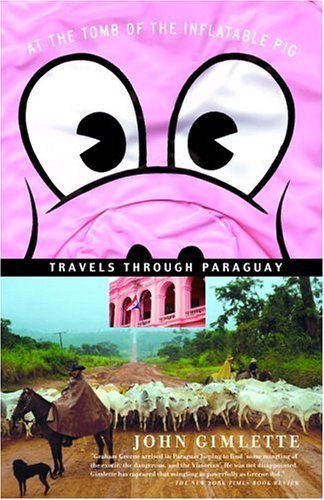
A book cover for At the Tomb of the Inflatable Pig: Travels Through Paraguay by Gimlette, John (2005) Paperback; John Gimlette; Travel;